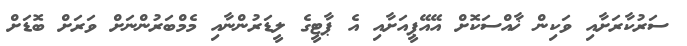
ސަރުކާރަށާއި ވަކިން ޚާއްސަކޮށް އޭއޭޕީއަށާއި އެ ޕާޓީގެ ލީޑަރުންނާއި މެމްބަރުންނަށް ވަރަށް ބޮޑަށް